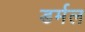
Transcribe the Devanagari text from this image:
डर्मल